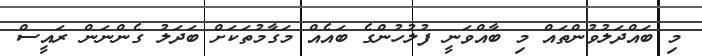
މި ބައްދަލުވުންތައް މި ބާއްވަނީ ފުލުހުންގެ ބައެއް މަގާމުތަކަށް ބަދަލު ގެންނަން ރައީސް